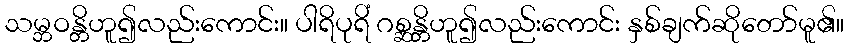
သမ္ဘဝန္တိဟူ၍လည်းကောင်း။ ပါရိပုရိံ ဂစ္ဆန္တိဟူ၍လည်းကောင်း နှစ်ချက်ဆိုတော်မူ၏။